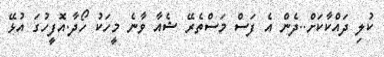
ކުލި ދައްކާކަށް..ދެން އެ ފަސް މަސްތެރޭ ޝެއާ ވާނެ މީހަކު ހޯދާ.އޮފީހުގަ އުޅޭ